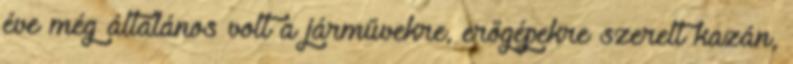
éve még általános volt a járművekre, erőgépekre szerelt kazán,